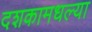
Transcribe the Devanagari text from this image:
दशकामधल्या